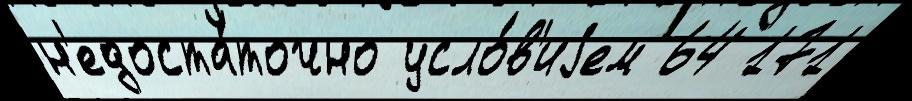
н'едоста́точно усло́в'иjем 64 171